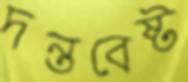
দন্তবেষ্ট